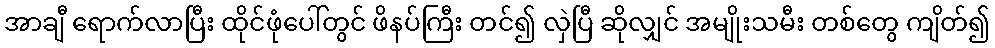
အာချီ ရောက်လာပြီး ထိုင်ဖုံပေါ်တွင် ဖိနပ်ကြီး တင်၍ လှဲပြီ ဆိုလျှင် အမျိုးသမီး တစ်တွေ ကျိတ်၍